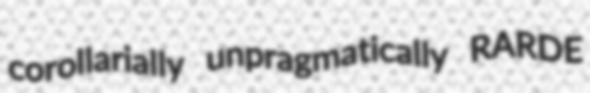
corollarially unpragmatically RARDE